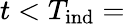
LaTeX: t<T_{\mathrm{ind}}=